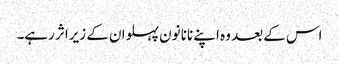
اس کے بعد وہ اپنے نانا نون پہلوان کے زیراثر رہے۔